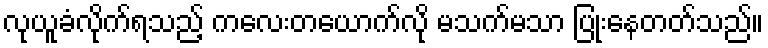
လုယူခံလိုက်ရသည့် ကလေးတယောက်လို မသက်မသာ ပြုံးနေတတ်သည်။